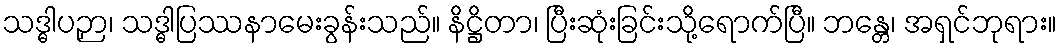
သဒ္ဓါပဉှာ၊ သဒ္ဓါပြဿနာမေးခွန်းသည်။ နိဋ္ဌိတာ၊ ပြီးဆုံးခြင်းသို့ရောက်ပြီ။ ဘန္တေ၊ အရှင်ဘုရား။